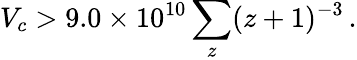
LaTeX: V_{c}>9.0\times 10^{10}\sum_{z}(z+1)^{-3}\, .